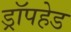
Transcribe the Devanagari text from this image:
ड्रॉपहेड